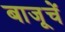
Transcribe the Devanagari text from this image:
बाजूचें